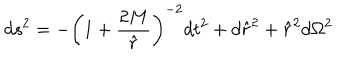
d s ^ { 2 } = - \left( 1 + \frac { 2 M } { \hat { r } } \right) ^ { - 2 } d t ^ { 2 } + d { \hat { r } } ^ { 2 } + { \hat { r } } ^ { 2 } d \Omega ^ { 2 }